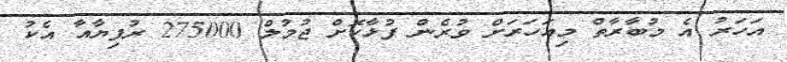
އަހަރު އެ މުބާރާތް މިއަހަރަށް ވުރެން ފުޅާކޮށް ޖުމުލް 275000 ރުފިޔާއާ އެކު